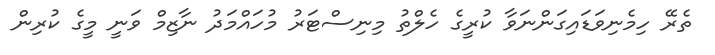
ތެރޭ ހިމެނިވަޑައިގަންނަވާ ކުރީގެ ހެލްތު މިނިސްޓަރު މުހައްމަދު ނާޒިމް ވަނީ މީގެ ކުރިން